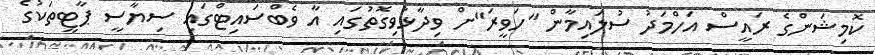
ކޮމިޝަންގެ ރައީސް އަހްމަދު ސުލައިމާން "ހަވީރަ"ށް ވިދާޅުވިގޮތުގައި އާ ވެބްސައިޓްގައި ސިޔާސީ ޕާޓީތަކުގެ